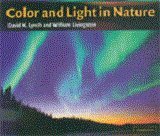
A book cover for Color and Light in Nature; David K. Lynch; Science & Math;